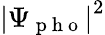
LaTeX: \left|\Psi_{\mathrm{~p~h~o~}}\right|^{2}